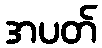
အပတ်